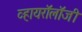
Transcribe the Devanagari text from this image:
व्हायरॉलॉजी